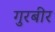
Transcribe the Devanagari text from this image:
गुरबीर